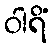
ဝါရိံ